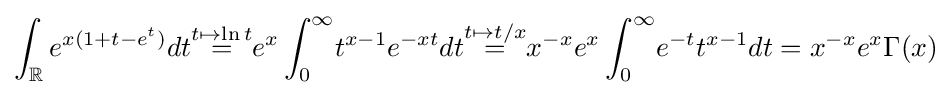
\int _{\mathbb {R} }e^{x(1+t-e^{t})}dt{\overset {t\mapsto \ln t}{=}}e^{x}\int _{0}^{\infty }\!t^{x-1}e^{-xt}dt{\overset {t\mapsto t/x}{=}}x^{-x}e^{x}\int _{0}^{\infty }\!e^{-t}t^{x-1}dt=x^{-x}e^{x}\Gamma (x)